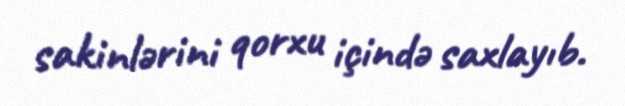
sakinlərini qorxu içində saxlayıb.